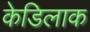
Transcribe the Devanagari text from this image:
केडिलाक